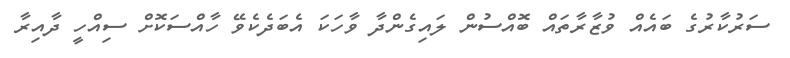
ސަރުކާރުގެ ބައެއް ވުޒާރާތައް ބޮއްސުން ލައިގެންދާ ވާހަކަ އެބަދެކެވޭ ހާއްސަކޮށް ސިއްހީ ދާއިރާ